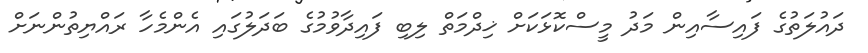
ދައުލަތުގެ ފައިސާއިން މަދު މީސްކޮޅަކަށް ޚިދްމަތް ލިބި ފައިދާވުމުގެ ބަދަލުގައި އެންމެހާ ރައްޔިތުންނަށް